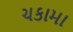
ચકામા